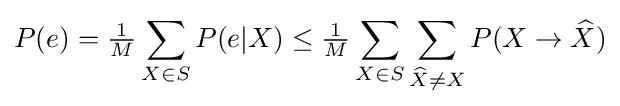
P(e)={\tfrac {1}{M}}\sum _{X\in S}P(e|X)\leq {\tfrac {1}{M}}\sum _{X\in S}\sum _{{\widehat {X}}\neq X}P(X\to {\widehat {X}})